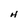
Character: H